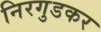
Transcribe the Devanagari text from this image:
निरगुडकर